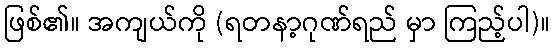
ဖြစ်၏။ အကျယ်ကို (ရတနာ့ဂုဏ်ရည် မှာ ကြည့်ပါ)။